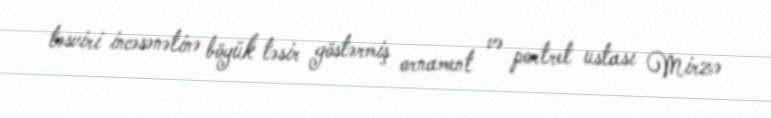
təsviri incəsənətinə böyük təsir göstərmiş ornament və portret ustası Mirzə